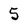
Character: 5